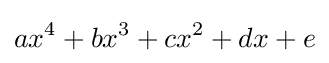
ax^{4}+bx^{3}+cx^{2}+dx+e